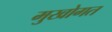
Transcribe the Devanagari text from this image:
मुखोगत